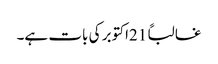
غالباً 21اکتوبر کی بات ہے۔